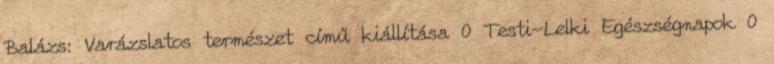
Balázs: Varázslatos természet című kiállítása 0 Testi-Lelki Egészségnapok 0